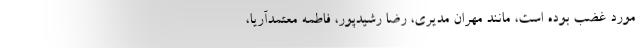
مورد غضب بوده است، مانند مهران مديري، رضا رشيدپور، فاطمه معتمدآريا،